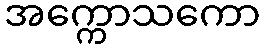
အက္ကောသကော